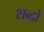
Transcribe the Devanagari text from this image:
शव्‍दों